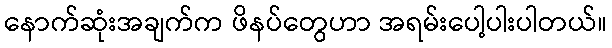
နောက်ဆုံးအချက်က ဖိနပ်တွေဟာ အရမ်းပေါ့ပါးပါတယ်။